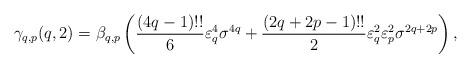
LaTeX: \begin{align*}\gamma_{q,p}(q,2)=\beta_{q,p}\left(\frac{(4q-1)!!}{6}\varepsilon_{q}^{4} \sigma^{4q}+\frac{(2q+2p-1)!!}{2}\varepsilon_{q}^{2}\varepsilon_{p}^{2} \sigma^{2q+2p} \right),\end{align*}